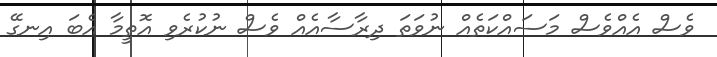
ވެސް އެއްވެސް މަސައްކަތެއް ނުވަތަ ދިރާސާއެއް ވެސް ނުކުރެވި އޮތީމާ އެބަ އިނގޭ